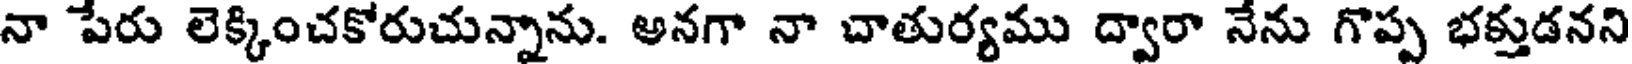
నా పేరు లెక్కించకోరుచున్నాను. అనగా నా చాతుర్యము ద్వారా నేను గొప్ప భక్తుడనని